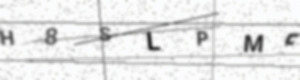
Text: H8SLPMF